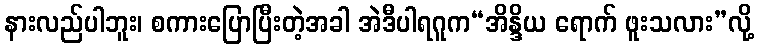
နားလည်ပါဘူး၊ စကားပြောပြီးတဲ့အခါ အဲဒီပါရဂူက“အိန္ဒိယ ရောက် ဖူးသလား”လို့